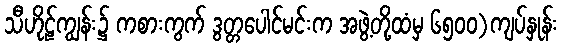
သီဟိုဠ်ကျွန်း၌ ကစားကွက် ဒွတ္တပေါင်မင်းက အဖွဲ့တို့ထံမှ ၆၅၀၀)ကျပ်နှုန်း